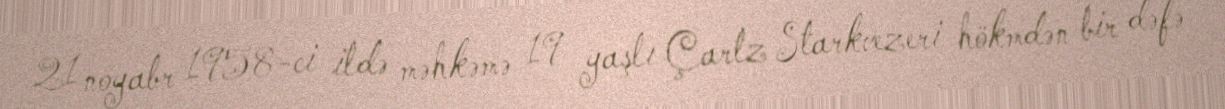
21 noyabr 1958-ci ildə məhkəmə 19 yaşlı Çarlz Starkvezeri hökmdən bir dəfə